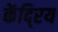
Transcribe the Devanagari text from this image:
केंदि्रय